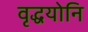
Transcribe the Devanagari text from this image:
वृद्धयोनि